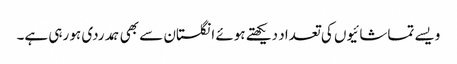
ویسے تماشائیوں کی تعداد دیکھتے ہوئے انگلستان سے بھی ہمدردی ہو رہی ہے۔